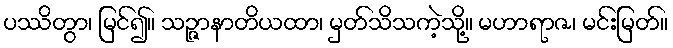
ပဿိတွာ၊ မြင်၍။ သဉ္ဇာနာတိယထာ၊ မှတ်သိသကဲ့သို့။ မဟာရာဇ၊ မင်းမြတ်။